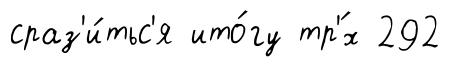
сраз'и́тьс'я ито́гу тр'́х 292